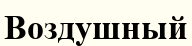
Воздушный